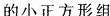
的小正方形组